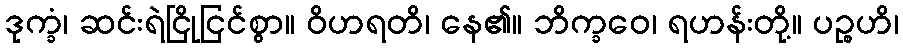
ဒုက္ခံ၊ ဆင်းရဲငြိုငြင်စွာ။ ဝိဟရတိ၊ နေ၏။ ဘိက္ခဝေ၊ ရဟန်းတို့။ ပဉ္စဟိ၊